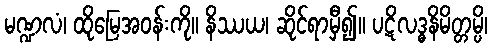
မဏ္ဍလံ၊ ထိုမြေအဝန်းကို။ နိဿယ၊ ဆိုင်ရာမှီ၍။ ပဋိလဒ္ဓနိမိတ္တမ္ပိ၊